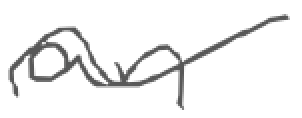
Text: an
Cross-out: wave
Writing tool: pencil